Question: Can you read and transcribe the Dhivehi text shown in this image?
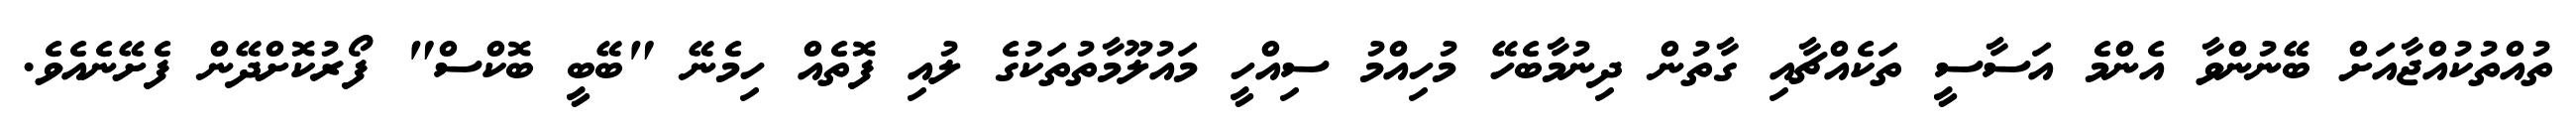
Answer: ތުއްތުކުއްޖާއަށް ބޭނުންވާ އެންމެ އަސާސީ ތަކެއްޗާއި ގާތުން ދިނުމާބެހޭ މުހިއްމު ސިއްހީ މައުލޫމާތުތަކުގެ ލުއި ފޮތެއް ހިމެނޭ "ބޭބީ ބޮކްސް" ފޯރުކޮށްދޭން ފެށޭނެއެވެ.